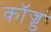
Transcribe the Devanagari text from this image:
कॉज्ड